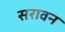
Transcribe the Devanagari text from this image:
सरावन